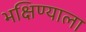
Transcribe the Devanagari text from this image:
भक्षिण्याला